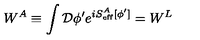
W ^ { A } \equiv \int { \cal D } \phi ^ { \prime } e ^ { i S _ { \mathrm { e f f } } ^ { A } [ \phi ^ { \prime } ] } = W ^ { L }